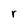
Character: r